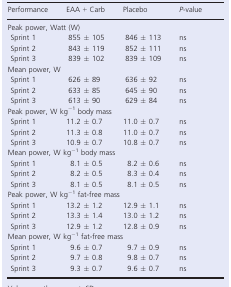
<table><thead><tr><td><b>Performance</b></td><td><b>EAA + Carb</b></td><td><b>Placebo</b></td><td><b><i>P-</i>value</b></td></tr></thead><tbody><tr><td colspan="4">Peak power, Watt (W)</td></tr><tr><td> Sprint 1</td><td>855 ± 105</td><td>846 ± 113</td><td>ns</td></tr><tr><td> Sprint 2</td><td>843 ± 119</td><td>852 ± 111</td><td>ns</td></tr><tr><td> Sprint 3</td><td>839 ± 102</td><td>839 ± 109</td><td>ns</td></tr><tr><td colspan="4">Mean power, W</td></tr><tr><td> Sprint 1</td><td>626 ± 89</td><td>636 ± 92</td><td>ns</td></tr><tr><td> Sprint 2</td><td>633 ± 85</td><td>645 ± 90</td><td>ns</td></tr><tr><td> Sprint 3</td><td>613 ± 90</td><td>629 ± 84</td><td>ns</td></tr><tr><td colspan="4">Peak power, W kg<sup>−1</sup> body mass</td></tr><tr><td> Sprint 1</td><td>11.2 ± 0.7</td><td>11.0 ± 0.7</td><td>ns</td></tr><tr><td> Sprint 2</td><td>11.3 ± 0.8</td><td>11.0 ± 0.7</td><td>ns</td></tr><tr><td> Sprint 3</td><td>10.9 ± 0.7</td><td>10.8 ± 0.7</td><td>ns</td></tr><tr><td colspan="4">Mean power, W kg<sup>−1</sup> body mass</td></tr><tr><td> Sprint 1</td><td>8.1 ± 0.5</td><td>8.2 ± 0.6</td><td>ns</td></tr><tr><td> Sprint 2</td><td>8.2 ± 0.5</td><td>8.3 ± 0.4</td><td>ns</td></tr><tr><td> Sprint 3</td><td>8.1 ± 0.5</td><td>8.1 ± 0.5</td><td>ns</td></tr><tr><td colspan="4">Peak power, W kg<sup>−1</sup> fat-free mass</td></tr><tr><td> Sprint 1</td><td>13.2 ± 1.2</td><td>12.9 ± 1.1</td><td>ns</td></tr><tr><td> Sprint 2</td><td>13.3 ± 1.4</td><td>13.0 ± 1.2</td><td>ns</td></tr><tr><td> Sprint 3</td><td>12.9 ± 1.2</td><td>12.8 ± 0.9</td><td>ns</td></tr><tr><td colspan="4">Mean power, W kg<sup>−1</sup> fat-free mass</td></tr><tr><td> Sprint 1</td><td>9.6 ± 0.7</td><td>9.7 ± 0.9</td><td>ns</td></tr><tr><td> Sprint 2</td><td>9.7 ± 0.8</td><td>9.8 ± 0.7</td><td>ns</td></tr><tr><td> Sprint 3</td><td>9.3 ± 0.7</td><td>9.6 ± 0.7</td><td>ns</td></tr></tbody></table>